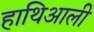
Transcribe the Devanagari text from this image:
हाथिआली